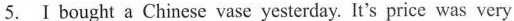
5. Ⅰ bought a Chinese vase yesterday. It's price was very